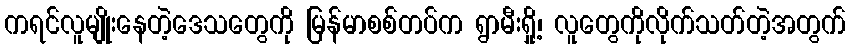
ကရင်လူမျိုးနေတဲ့ဒေသတွေကို မြန်မာစစ်တပ်က ရွာမီးရှို့၊ လူတွေကိုလိုက်သတ်တဲ့အတွက်